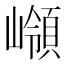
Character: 𡽹